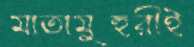
মাতামুহুরীই